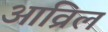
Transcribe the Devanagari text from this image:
आव्रिल